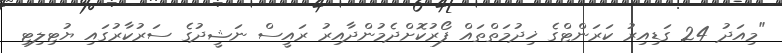
"މިއަދު 24 ގަޑިއިރު ކަރަންޓްގެ ޚިދުމަތްތައް ފޯރުކޮށްދެމުންދާއިރު ރައީސް ނަޝީދުގެ ސަރުކާރުގައި ޔުޓިލިޓި